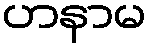
ဟနာမ